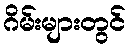
ဂိမ်းများတွင်